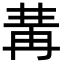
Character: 冓